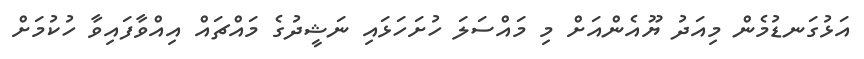
އަޅުގަނޑުމެން މިއަދު ޔޫއެންއަށް މި މައްސަލަ ހުށަހަޅައި ނަޝީދުގެ މައްޗައް އިއްވާފައިވާ ހުކުމަށް